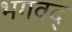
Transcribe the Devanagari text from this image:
भगवद्‍